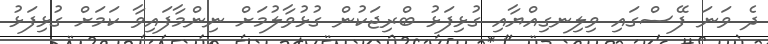
ދެ ވަނަ ފޭސްގައި ވިލިނގިއްޔާއި ގުޅިފަޅު ބްރިޖަކުން ގުޅުވާލުމަށް ނިންމާފައިވާ ކަމަށް ގުޅިފަޅު